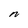
Character: N